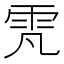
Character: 𮸫